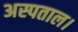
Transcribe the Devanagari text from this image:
अस्पताल।